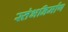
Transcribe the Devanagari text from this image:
स्तंभनिर्माण